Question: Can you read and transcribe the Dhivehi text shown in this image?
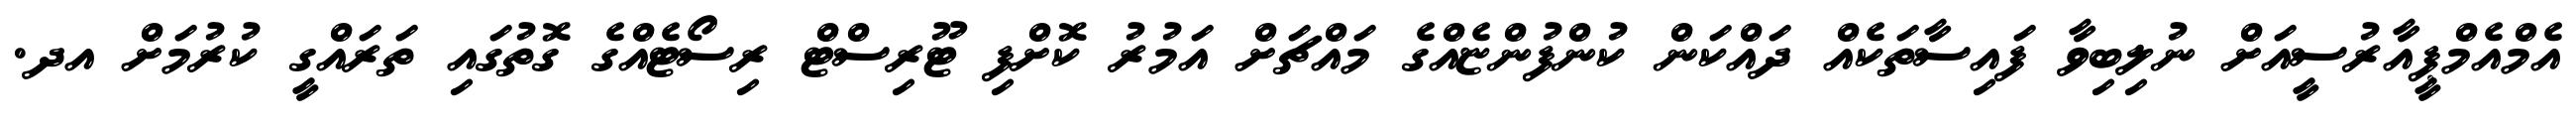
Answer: އެމްއެމްޕީއާރުސީއަށް ނުލިބިވާ ފައިސާތަކެއް ދައްކަން ކުންފުންޏެއްގެ މައްޗަށް އަމުރު ކޮށްފި ޓޫރިސްޓް ރިސޯޓެއްގެ ގޮތުގައި ތަރައްގީ ކުރުމަށް އދ.